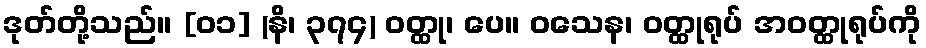
ဒုတ်တို့သည်။ [၀၁] (နိ၊ ၃၇၄) ဝတ္ထု၊ ပေ။ ဝသေန၊ ဝတ္ထုရုပ် အဝတ္ထုရုပ်ကို